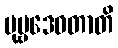
ပုဗ္ဗဒေဝတာတိ